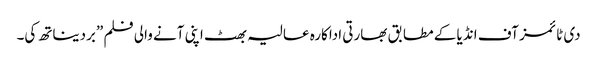
دی ٹائمز آف انڈیا کے مطابق بھارتی اداکارہ عالیہ بھٹ اپنی آنے والی فلم ”بردیناتھ کی۔